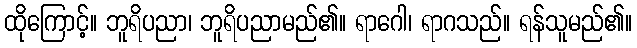
ထိုကြောင့်။ ဘူရိပညာ၊ ဘူရိပညာမည်၏။ ရာဂေါ၊ ရာဂသည်။ ရန်သူမည်၏။